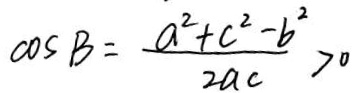
\cos B = \frac { a ^ { 2 } + c ^ { 2 } - b ^ { 2 } } { 2 a c } > 0